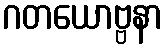
ဂတယောဗ္ဗနာ